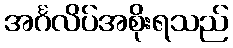
အင်္ဂလိပ်အစိုးရသည်